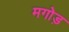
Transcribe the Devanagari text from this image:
मगोड़